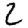
Digit: 2